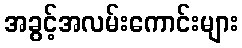
အခွင့်အလမ်းကောင်းများ